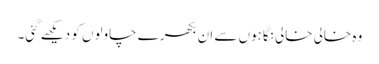
وہ خالی خالی نگاہوں سے ان بکھرے چاولوں کو دیکھے گئی۔